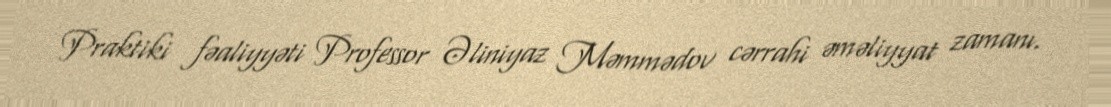
Praktiki fəaliyyəti Professor Əliniyaz Məmmədov cərrahi əməliyyat zamanı.